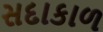
સદાકાળ